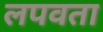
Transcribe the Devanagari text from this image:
लपवता